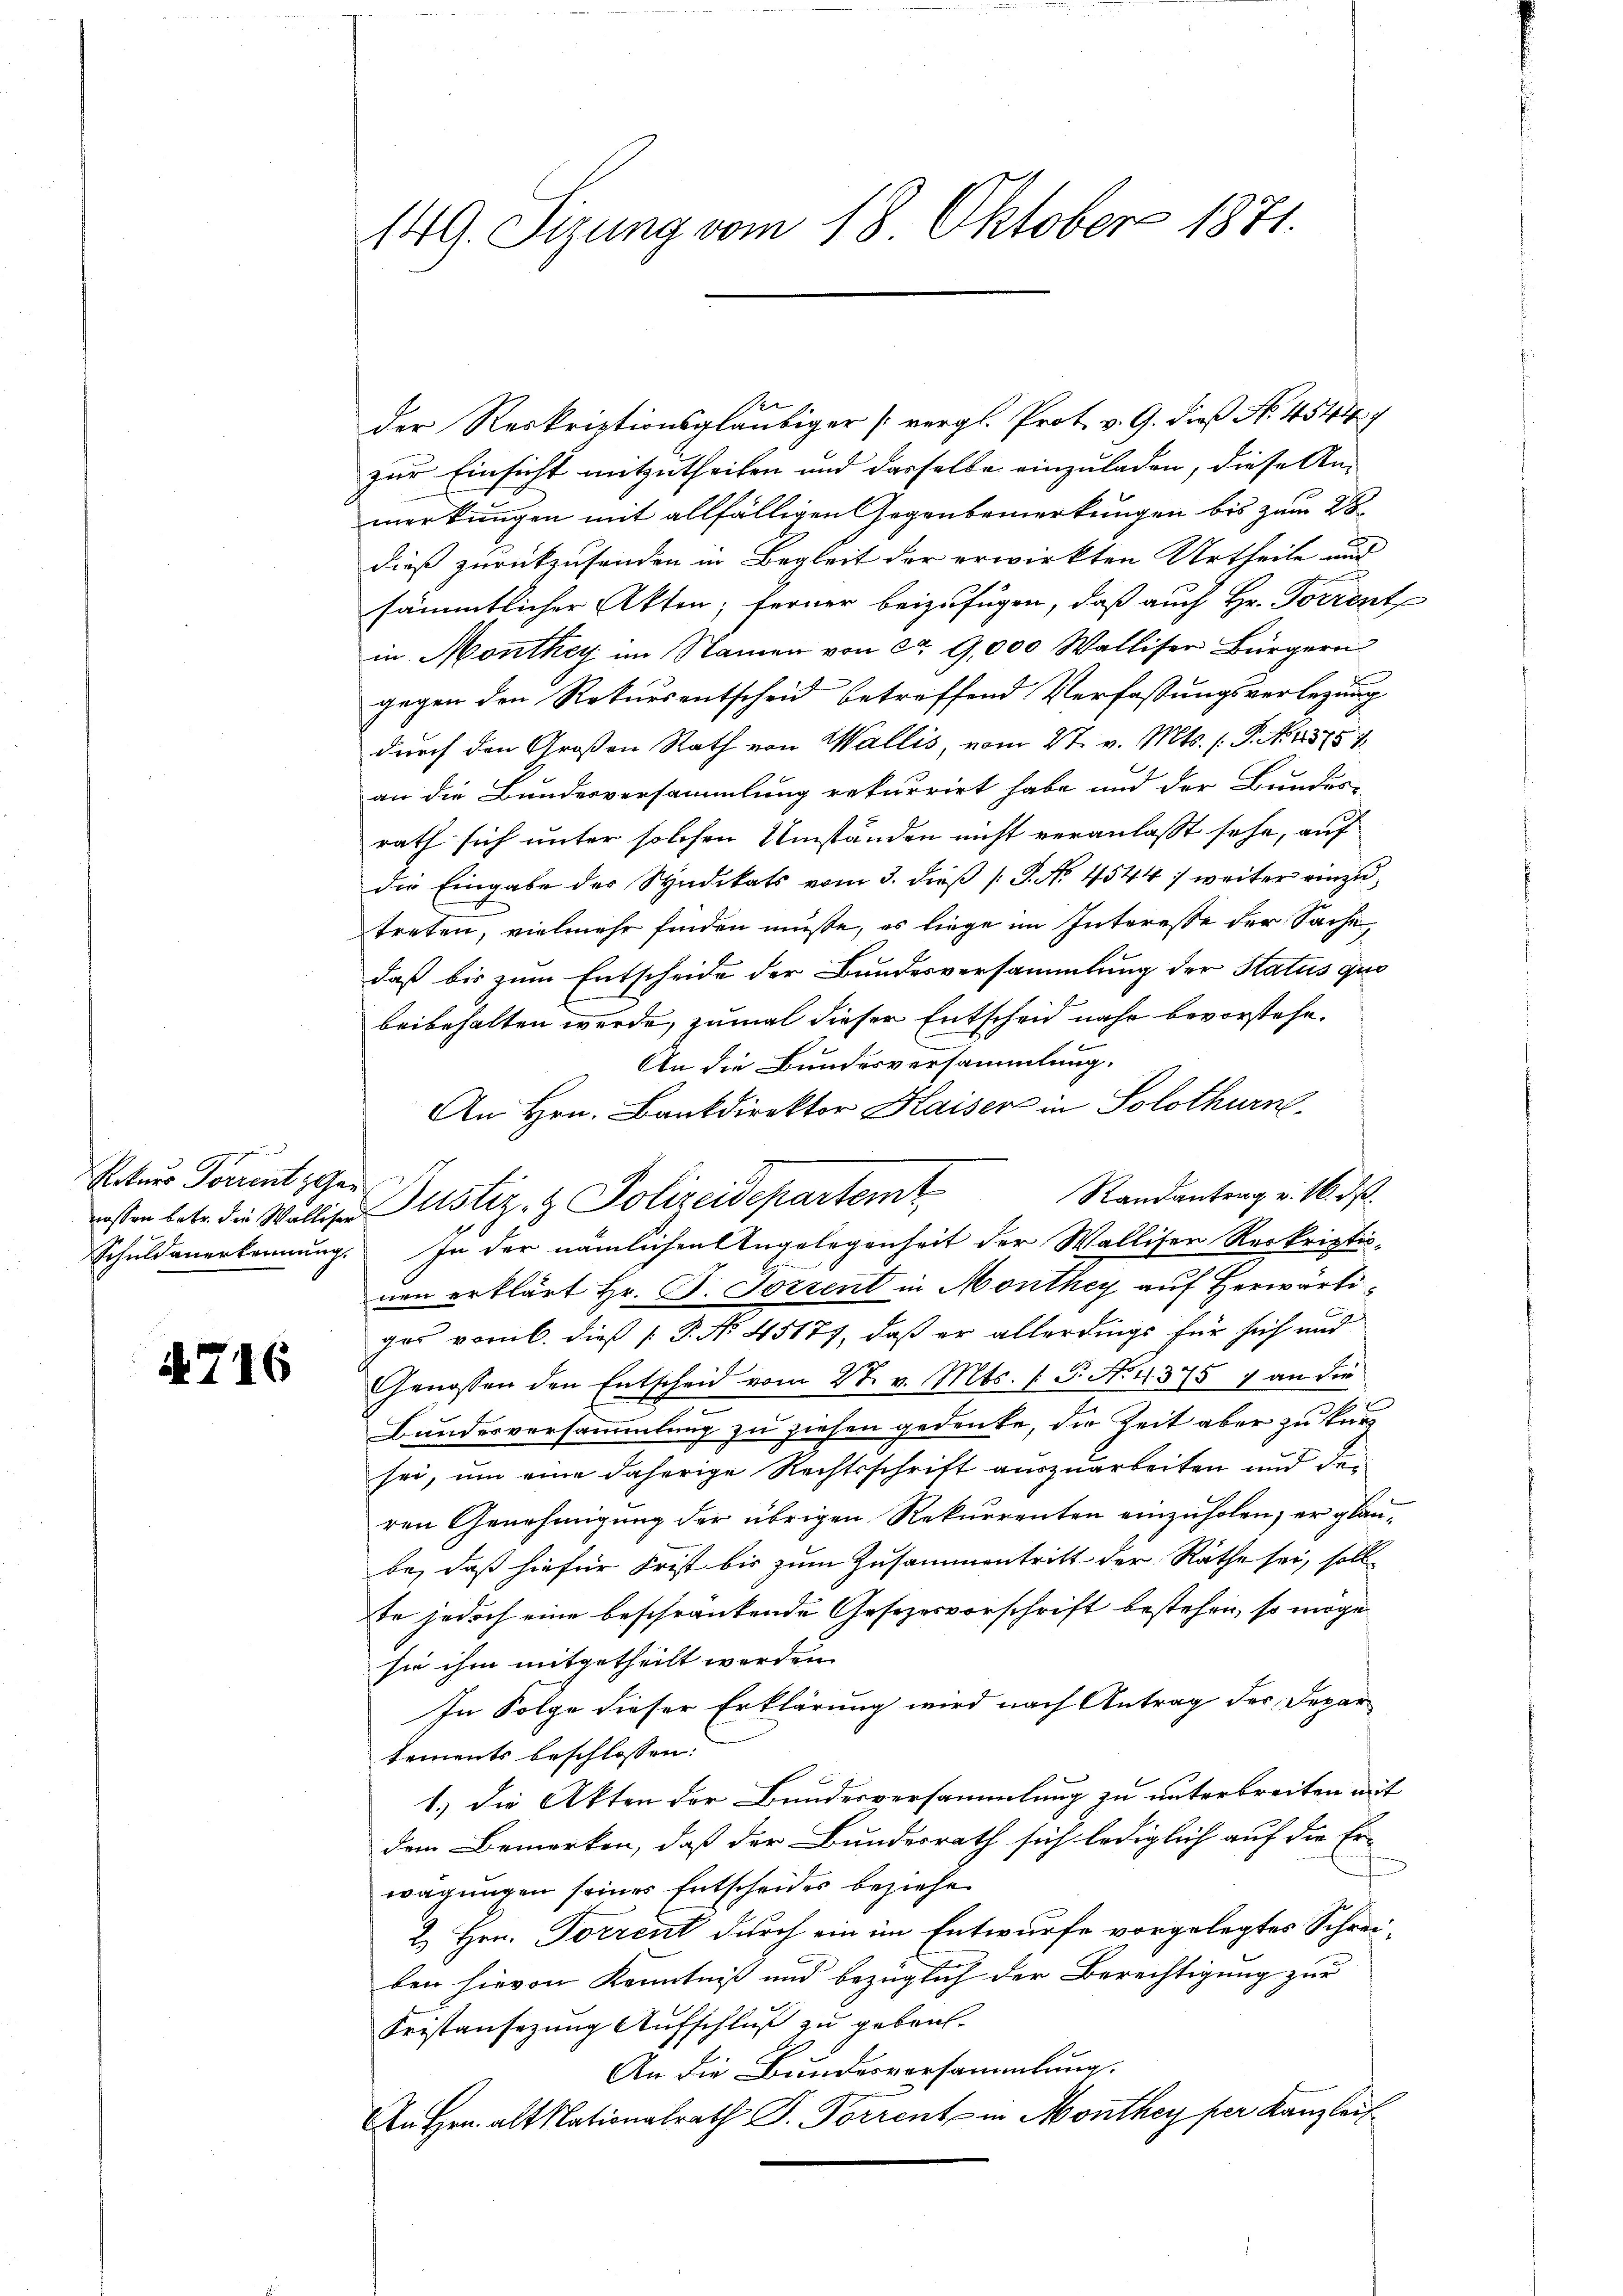
gegen
Rekurs Forrent gehen

4716

149. Sizung vom 18. Oktober 1871.

e
der Reskriptionsgläubiger [vergl. Prot. v. G. dieß No. 4544
zur Einsicht mitzutheilen und dasselbe einzuladen, diese An-
merkungen mit allfälligen Gegenbemerkungen bis zum 28
dieß zurückzusenden in Begleit der erwirkten Urtheile und
sämmtlicher Akten; ferner beizufügen, daß auch Hr. Torrent
in Monthey im Namen von ca 9,000 Walliser Bürgern
gegen den Rekursentscheid betreffend Verfassungsverlegung
durch den Großen Rath von Wallis, vom 27. v. Mts. (T. N. 1375 7
an die Bundesversammlung rekurrirt habe und der Bundes-
rath sich unter solchen Umständen nicht veranlasst sehe, auf
die Eingabe des Syndikats vom 3. dieß P. No. 4544) weiter einzutreten, vielmehr finden müße, es liege im Interesse der Sache
daß bis zum Entscheide der Bundesversammlung der Status quo
beibehalten werde, zumal dieser Entscheid nahe bevorstehe.
An die Bundesversammlung.
An Hrn. Bankdirektor Kaiser in Solothurn.
Randantrag v. 16. ds.
wisten betr. die Walliger Justiz- & Polizeidepartemt
Schuldanerkennung. In der nämlichen Angelegenheit der Walliser Reskriptio-
nen erklärt Hr. G. Torrent in Monthey auf Herwärtiger vom 6. dieß P. No 45177, daß er allerdings für sich und
Genossen den Entscheid vom 27. v. Mts. f. P. No. 4375 7 an die
Bundesversammlung zu ziehen gedenke, die Zeit aber zu kurz
sei, um eine daherige Rechtsschrift auszuarbeiten und der
ren Genehmigung der übrigen Rekurrenten einzuholen, er glaube, daß hiefür Frist bis zum Zusammentritt der Räthe sei, soll
te jedoch eine beschränkende Gesezesvorschrift bestehen, so möge
sie ihm mitgetheilt worden.
In Folge dieser Erklärung wird nach Antrag des Depar
tements beschlossen:
1.) Die Akten der Bundesversammlung zu unterbreiten mit
dem Bemerken, daß der Bundesrath sich lediglich auf die Er-
wägungen seines Entscheider beziehe.
2. Hrn. Torrent durch ein im Entwurfe vorgelegtes Schreiben hievon Kenntniß und bezüglich der Berechtigung zur
Fristansezung Aufschluß zu gebrach-
An die Bundesvorsammlung.
An Hrn. alt Nationalrath P. Forrent in Monthey per Kanzleit¬